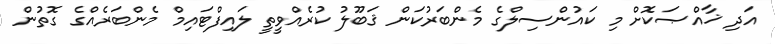
އަދި ޚާއްޞަކޮށް މި ކައުންސިލްގެ މެންބަރުކަން ޤަބޫލު ކުރެއްވީތީ ލައިފްޓައިމް މެންބަރެއްގެ ގޮތުން